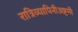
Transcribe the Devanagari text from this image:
रात्रिव्यापिनीअष्टमी